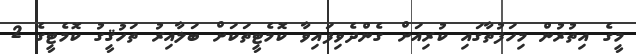
މީގެ އިތުރުން މިހަފުތާގައި ކުރިއަށް ގެންދެވިފައިވާ ކޮމެޓީތަކަށް ބަލާއިރު ތަހުޤީގު ކޮމެޓީގެ 2